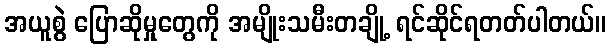
အယူစွဲ ပြောဆိုမှုတွေကို အမျိုးသမီးတချို့ ရင်ဆိုင်ရတတ်ပါတယ်။